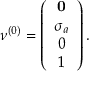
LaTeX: \nu ^ { ( 0 ) } = \left( \begin{array} { c c c } { { { \bf 0 } } } \\ { { \sigma _ { a } } } \\ { { 0 } } \\ { { 1 } } \end{array} \right) .